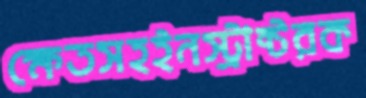
ক্ষেতসহইনস্ট্রাক্টরক